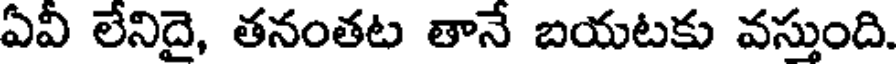
ఏవీ లేనిదై, తనంతట తానే బయటకు వస్తుంది.